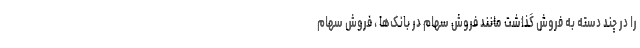
را در چند دسته به فروش گذاشت مانند فروش سهام در بانک‌ها ، فروش سهام